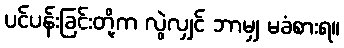
ပင်ပန်းခြင်းတို့က လွဲလျှင် ဘာမျှ မခံစားရ။